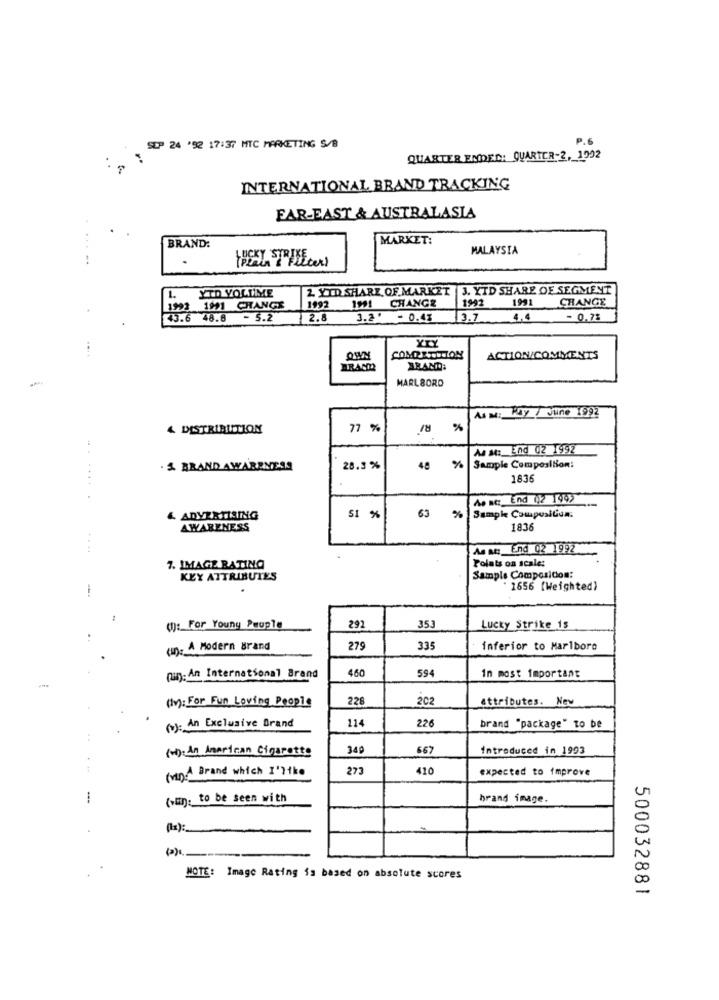
P.6
SUP 24 '52 17:37 MTC MARKETING S/B
QUARTER ENDED: QUARTER-2, 1002
INTERNATIONAL BRAND TRACKING
FAR-EAST & AUSTRALASIA
MARKET:
BRAND:
MALAYSIA
.
YID YOLUME
2. YTD SHARE OF MARKET |3. YTD SHARE OF SEGMENT
1991 CHANGE
1992
1991
CHANGE
1991 CHANGE
1992
757.6
48.8 - 5.2
2.8
3.2' - 0.43
3.7
4.4
- 0.7%
ACTION/COMMENTS
BRAND
BRAND:
MARLBORO
AIM: KDY / June 1992
Rİ
4 DISTRIBUTION
77 %
Ms M :_ End 02 1992
& BRAND AWARENESS
28.3 %
48 %
Sample Composition:
1836
Ap acz End 02 199>
Sample Composition.
& ADVERTISING
51 %
63 %
AWARENESS
1836
As an End 02 1992
7. IMAGE RATING
Polats on scale:
KEY ATTRIBUTES
Sample Composition:
" 1656 [Weighted)
292
(): For Youny Peuple
353
Lucky Strike is
(n)- A Modern Brand
279
335
inferior to Marlboro
460
594
(un): An International Brand
In most important
(Iv): For Fun Loving People
228
202
attributes. New
114
226
(v): An Exclusive Brand
brand "package" to be
(-):An American Cigarette
349
667
Introduced in 1993
. ..
(vin A Brand which I'like
273
410
expected to improve
---
(un): to be seen with
brand image.
(11) :__
NOTE: Image Rating is based on absolute scores
500032881